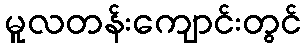
မူလတန်းကျောင်းတွင်